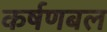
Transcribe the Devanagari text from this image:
कर्षणबल